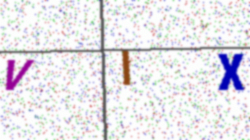
Text: VIX